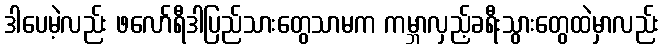
ဒါပေမဲ့လည်း ဖလော်ရီဒါပြည်သားတွေသာမက ကမ္ဘာလှည့်ခရီးသွားတွေထဲမှာလည်း